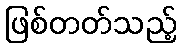
ဖြစ်တတ်သည့်